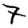
Digit: 7